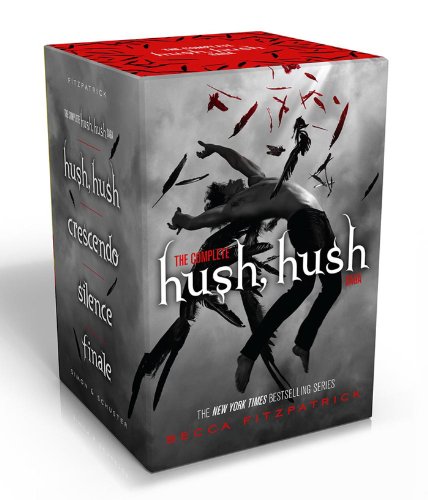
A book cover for The Complete Hush, Hush Saga: Hush, Hush / Crescendo / Silence / Finale; Becca Fitzpatrick; Teen & Young Adult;